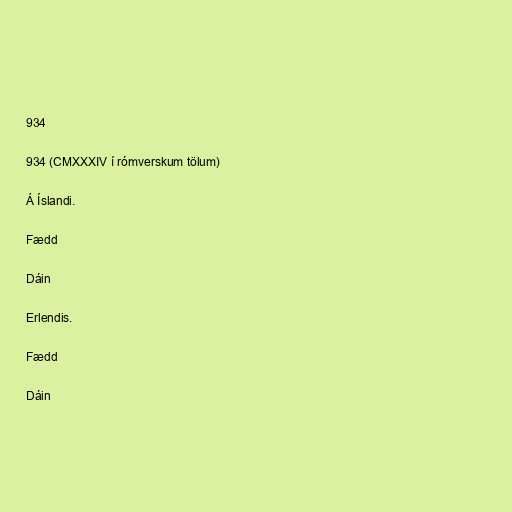
934

934 (CMXXXIV í rómverskum tölum)

Á Íslandi.

Fædd

Dáin

Erlendis.

Fædd

Dáin